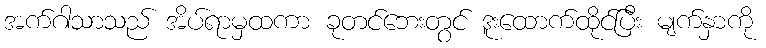
အက်ဂါသာသည် အိပ်ရာမှထကာ ခုတင်ဘေးတွင် ဒူးထောက်ထိုင်ပြီး မျက်နှာကို